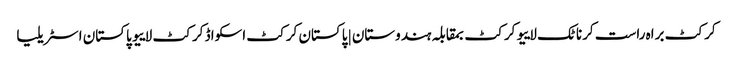
کرکٹ براہ راست کرناٹک لاییو کرکٹ بمقابلہ ہندوستان | پاکستان کرکٹ اسکواڈ کرکٹ لاییو پاکستان اسٹریلیا